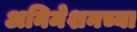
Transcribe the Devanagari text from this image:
अनिमेशनच्या